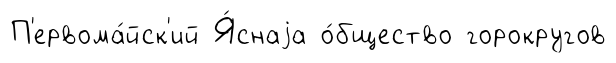
П'ервома́йск'ий Я́снаjа о́бщество горокругов